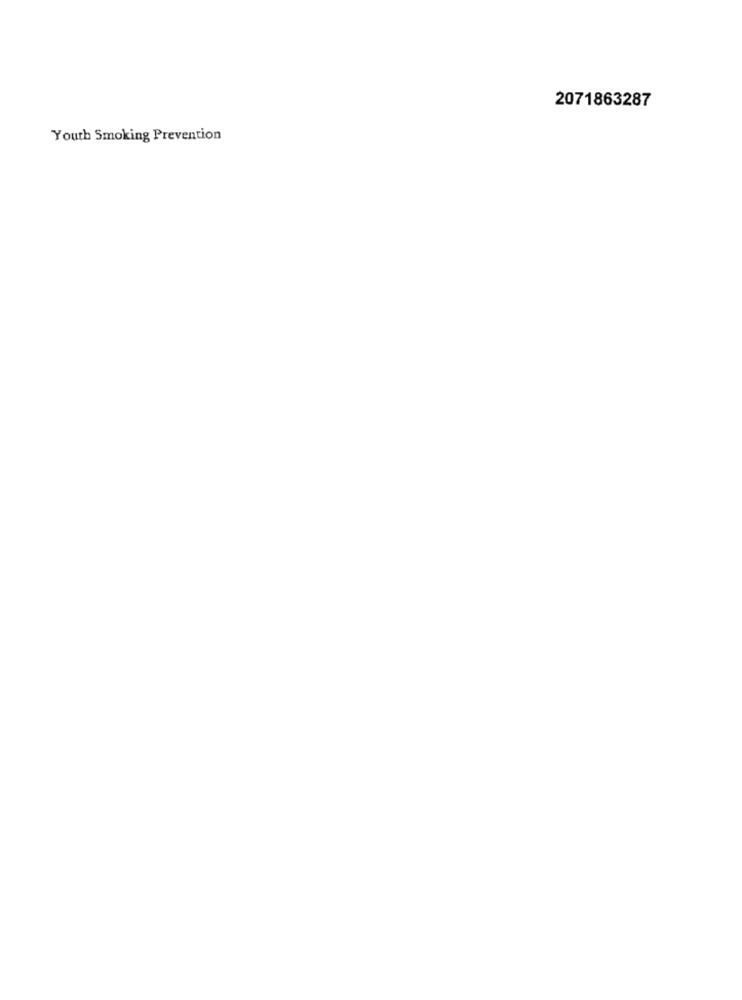
2071863287
Youth Smoking Prevention